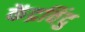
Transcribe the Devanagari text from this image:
केंद्रविंदु